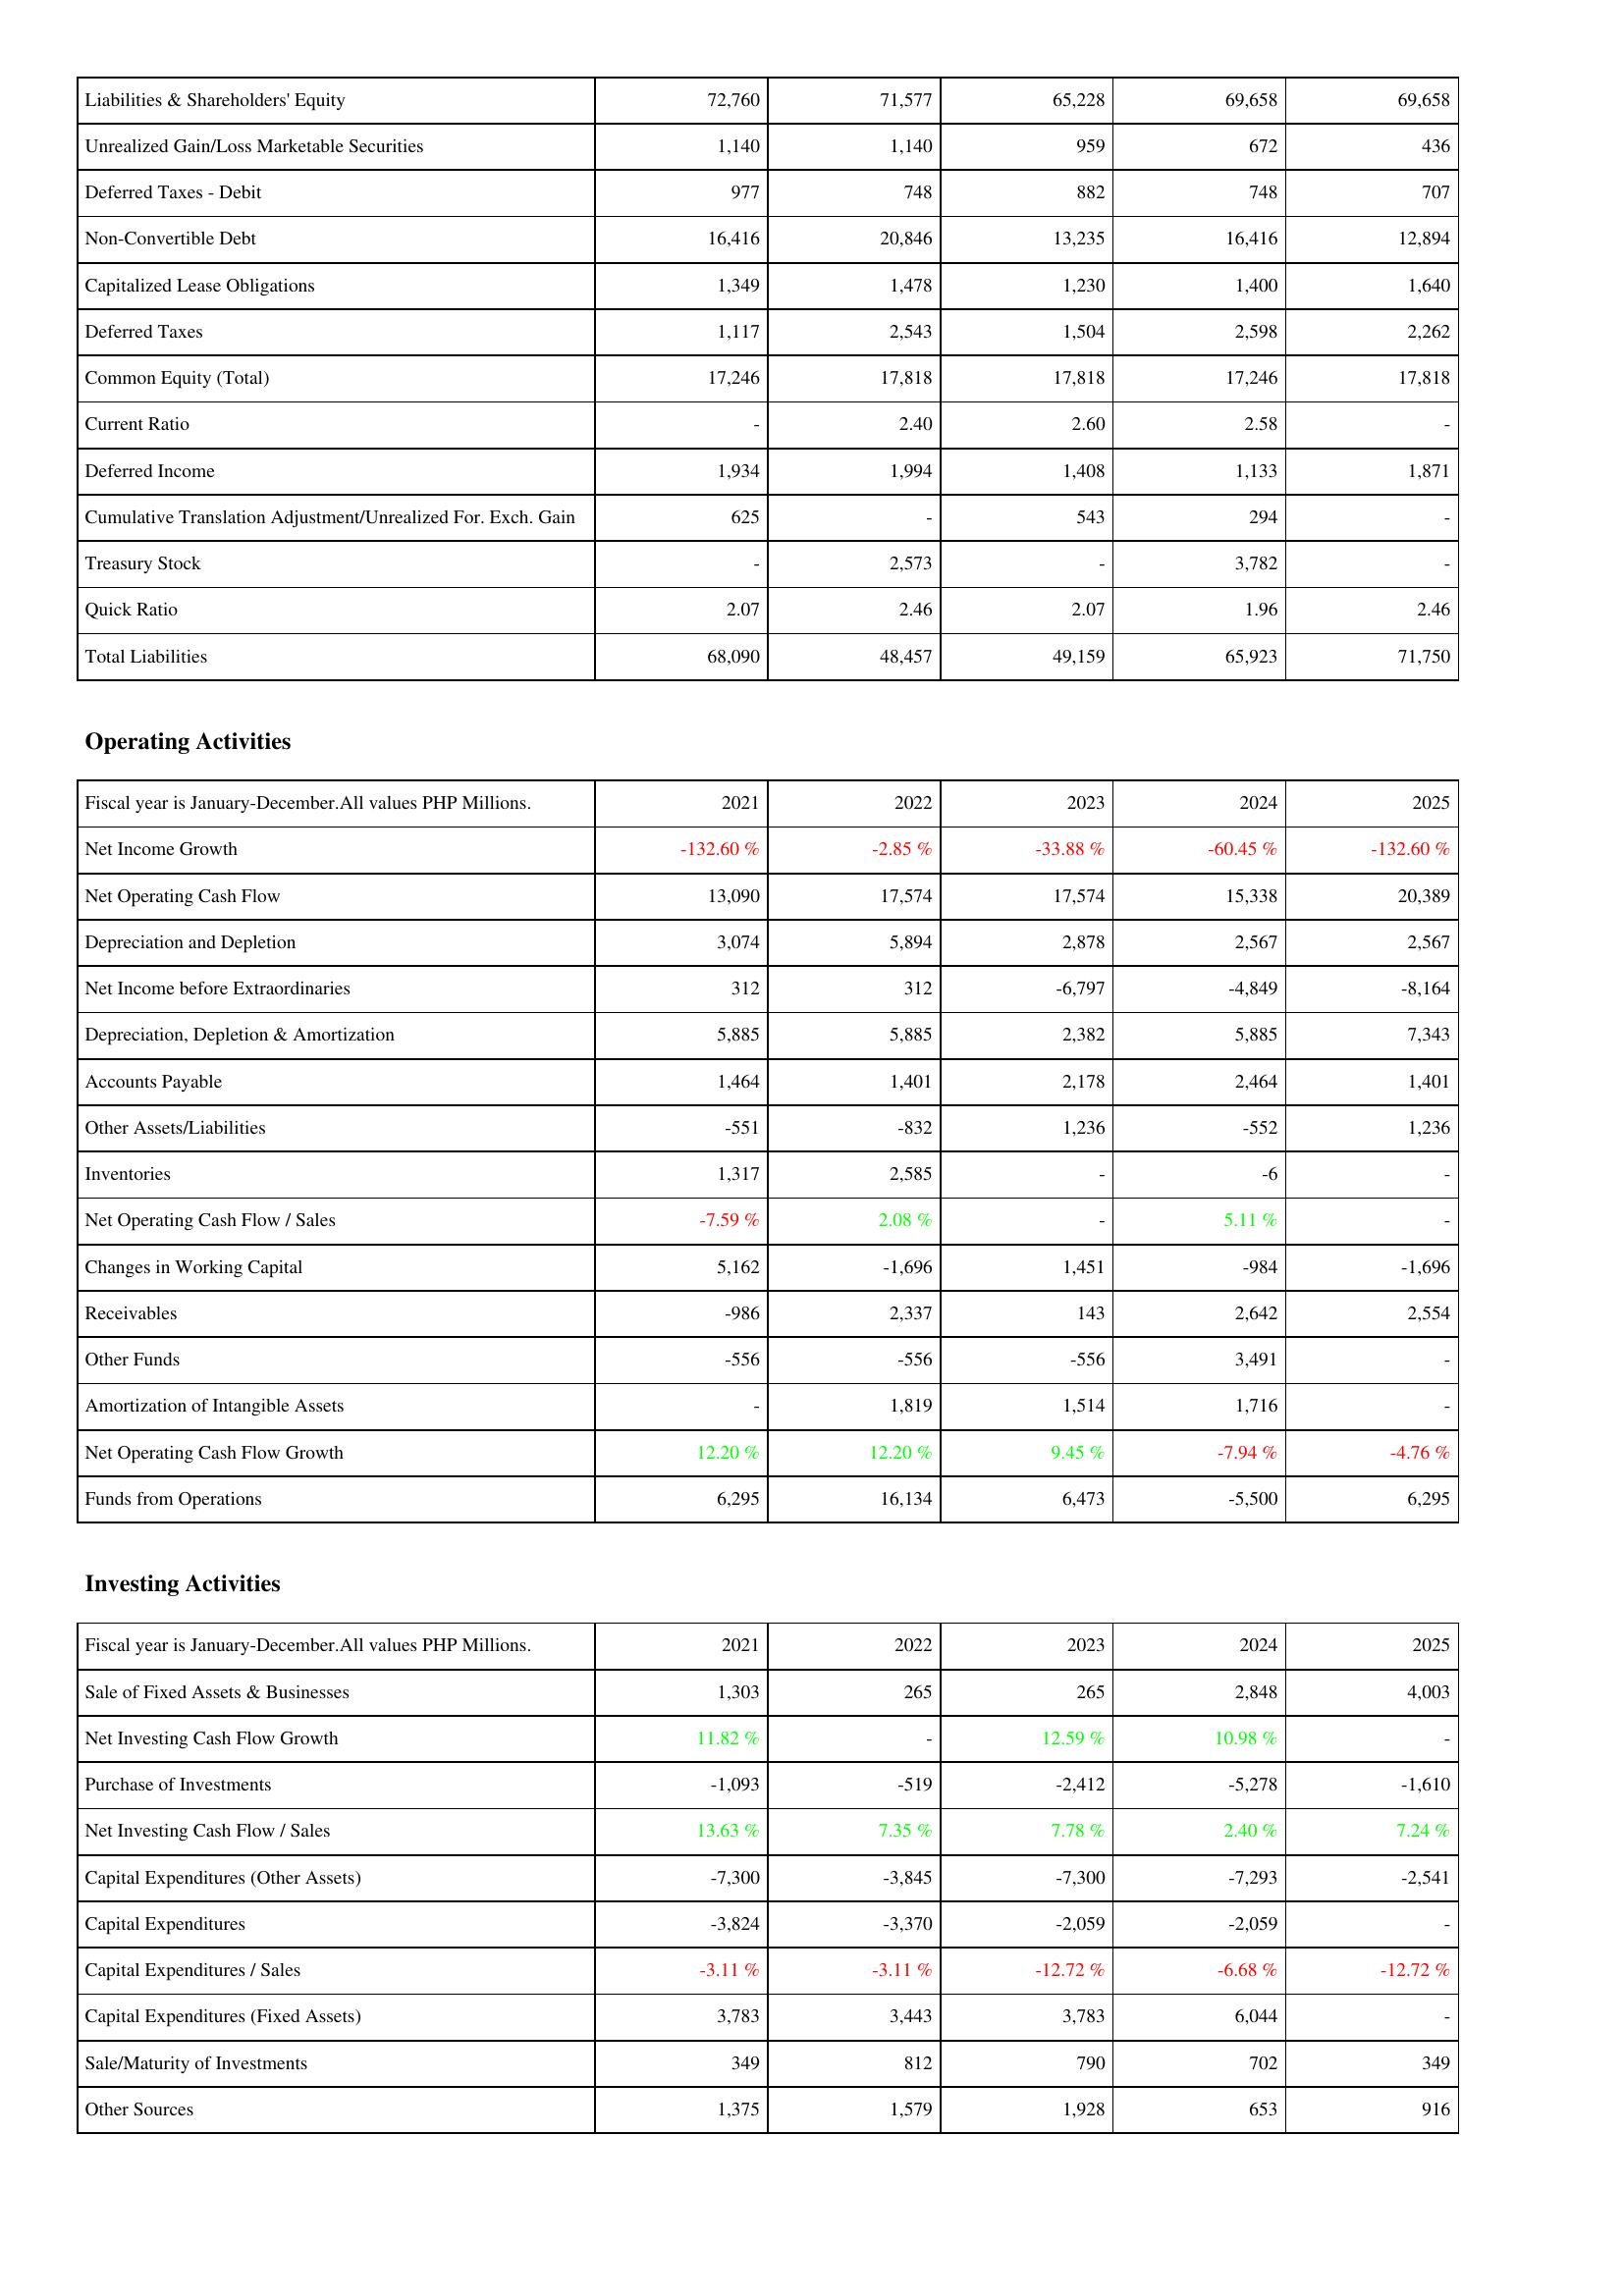
2021: Liabilities & Shareholders' Equity: Liabilities & Shareholders' Equity: 72,760
Unrealized Gain/Loss Marketable Securities: 1,140
Deferred Taxes - Debit: 977
Non-Convertible Debt: 16,416
Capitalized Lease Obligations: 1,349
Deferred Taxes: 1,117
Common Equity (Total): 17,246
Current Ratio: -
Deferred Income: 1,934
Cumulative Translation Adjustment/Unrealized For. Exch. Gain: 625
Treasury Stock: -
Quick Ratio: 2.07
Total Liabilities: 68,090
Operating Activities: Net Income Growth: -132.60 %
Net Operating Cash Flow: 13,090
Depreciation and Depletion: 3,074
Net Income before Extraordinaries: 312
Depreciation, Depletion & Amortization: 5,885
Accounts Payable: 1,464
Other Assets/Liabilities: -551
Inventories: 1,317
Net Operating Cash Flow / Sales: -7.59 %
Changes in Working Capital: 5,162
Receivables: -986
Other Funds: -556
Amortization of Intangible Assets: -
Net Operating Cash Flow Growth: 12.20 %
Funds from Operations: 6,295
Investing Activities: Sale of Fixed Assets & Businesses: 1,303
Net Investing Cash Flow Growth: 11.82 %
Purchase of Investments: -1,093
Net Investing Cash Flow / Sales: 13.63 %
Capital Expenditures (Other Assets): -7,300
Capital Expenditures: -3,824
Capital Expenditures / Sales: -3.11 %
Capital Expenditures (Fixed Assets): 3,783
Sale/Maturity of Investments: 349
Other Sources: 1,375
2022: Liabilities & Shareholders' Equity: Liabilities & Shareholders' Equity: 71,577
Unrealized Gain/Loss Marketable Securities: 1,140
Deferred Taxes - Debit: 748
Non-Convertible Debt: 20,846
Capitalized Lease Obligations: 1,478
Deferred Taxes: 2,543
Common Equity (Total): 17,818
Current Ratio: 2.40
Deferred Income: 1,994
Cumulative Translation Adjustment/Unrealized For. Exch. Gain: -
Treasury Stock: 2,573
Quick Ratio: 2.46
Total Liabilities: 48,457
Operating Activities: Net Income Growth: -2.85 %
Net Operating Cash Flow: 17,574
Depreciation and Depletion: 5,894
Net Income before Extraordinaries: 312
Depreciation, Depletion & Amortization: 5,885
Accounts Payable: 1,401
Other Assets/Liabilities: -832
Inventories: 2,585
Net Operating Cash Flow / Sales: 2.08 %
Changes in Working Capital: -1,696
Receivables: 2,337
Other Funds: -556
Amortization of Intangible Assets: 1,819
Net Operating Cash Flow Growth: 12.20 %
Funds from Operations: 16,134
Investing Activities: Sale of Fixed Assets & Businesses: 265
Net Investing Cash Flow Growth: -
Purchase of Investments: -519
Net Investing Cash Flow / Sales: 7.35 %
Capital Expenditures (Other Assets): -3,845
Capital Expenditures: -3,370
Capital Expenditures / Sales: -3.11 %
Capital Expenditures (Fixed Assets): 3,443
Sale/Maturity of Investments: 812
Other Sources: 1,579
2023: Liabilities & Shareholders' Equity: Liabilities & Shareholders' Equity: 65,228
Unrealized Gain/Loss Marketable Securities: 959
Deferred Taxes - Debit: 882
Non-Convertible Debt: 13,235
Capitalized Lease Obligations: 1,230
Deferred Taxes: 1,504
Common Equity (Total): 17,818
Current Ratio: 2.60
Deferred Income: 1,408
Cumulative Translation Adjustment/Unrealized For. Exch. Gain: 543
Treasury Stock: -
Quick Ratio: 2.07
Total Liabilities: 49,159
Operating Activities: Net Income Growth: -33.88 %
Net Operating Cash Flow: 17,574
Depreciation and Depletion: 2,878
Net Income before Extraordinaries: -6,797
Depreciation, Depletion & Amortization: 2,382
Accounts Payable: 2,178
Other Assets/Liabilities: 1,236
Inventories: -
Net Operating Cash Flow / Sales: -
Changes in Working Capital: 1,451
Receivables: 143
Other Funds: -556
Amortization of Intangible Assets: 1,514
Net Operating Cash Flow Growth: 9.45 %
Funds from Operations: 6,473
Investing Activities: Sale of Fixed Assets & Businesses: 265
Net Investing Cash Flow Growth: 12.59 %
Purchase of Investments: -2,412
Net Investing Cash Flow / Sales: 7.78 %
Capital Expenditures (Other Assets): -7,300
Capital Expenditures: -2,059
Capital Expenditures / Sales: -12.72 %
Capital Expenditures (Fixed Assets): 3,783
Sale/Maturity of Investments: 790
Other Sources: 1,928
2024: Liabilities & Shareholders' Equity: Liabilities & Shareholders' Equity: 69,658
Unrealized Gain/Loss Marketable Securities: 672
Deferred Taxes - Debit: 748
Non-Convertible Debt: 16,416
Capitalized Lease Obligations: 1,400
Deferred Taxes: 2,598
Common Equity (Total): 17,246
Current Ratio: 2.58
Deferred Income: 1,133
Cumulative Translation Adjustment/Unrealized For. Exch. Gain: 294
Treasury Stock: 3,782
Quick Ratio: 1.96
Total Liabilities: 65,923
Operating Activities: Net Income Growth: -60.45 %
Net Operating Cash Flow: 15,338
Depreciation and Depletion: 2,567
Net Income before Extraordinaries: -4,849
Depreciation, Depletion & Amortization: 5,885
Accounts Payable: 2,464
Other Assets/Liabilities: -552
Inventories: -6
Net Operating Cash Flow / Sales: 5.11 %
Changes in Working Capital: -984
Receivables: 2,642
Other Funds: 3,491
Amortization of Intangible Assets: 1,716
Net Operating Cash Flow Growth: -7.94 %
Funds from Operations: -5,500
Investing Activities: Sale of Fixed Assets & Businesses: 2,848
Net Investing Cash Flow Growth: 10.98 %
Purchase of Investments: -5,278
Net Investing Cash Flow / Sales: 2.40 %
Capital Expenditures (Other Assets): -7,293
Capital Expenditures: -2,059
Capital Expenditures / Sales: -6.68 %
Capital Expenditures (Fixed Assets): 6,044
Sale/Maturity of Investments: 702
Other Sources: 653
2025: Liabilities & Shareholders' Equity: Liabilities & Shareholders' Equity: 69,658
Unrealized Gain/Loss Marketable Securities: 436
Deferred Taxes - Debit: 707
Non-Convertible Debt: 12,894
Capitalized Lease Obligations: 1,640
Deferred Taxes: 2,262
Common Equity (Total): 17,818
Current Ratio: -
Deferred Income: 1,871
Cumulative Translation Adjustment/Unrealized For. Exch. Gain: -
Treasury Stock: -
Quick Ratio: 2.46
Total Liabilities: 71,750
Operating Activities: Net Income Growth: -132.60 %
Net Operating Cash Flow: 20,389
Depreciation and Depletion: 2,567
Net Income before Extraordinaries: -8,164
Depreciation, Depletion & Amortization: 7,343
Accounts Payable: 1,401
Other Assets/Liabilities: 1,236
Inventories: -
Net Operating Cash Flow / Sales: -
Changes in Working Capital: -1,696
Receivables: 2,554
Other Funds: -
Amortization of Intangible Assets: -
Net Operating Cash Flow Growth: -4.76 %
Funds from Operations: 6,295
Investing Activities: Sale of Fixed Assets & Businesses: 4,003
Net Investing Cash Flow Growth: -
Purchase of Investments: -1,610
Net Investing Cash Flow / Sales: 7.24 %
Capital Expenditures (Other Assets): -2,541
Capital Expenditures: -
Capital Expenditures / Sales: -12.72 %
Capital Expenditures (Fixed Assets): -
Sale/Maturity of Investments: 349
Other Sources: 916